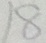
1 8